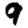
Digit: 9